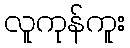
လူကုန်ကူး